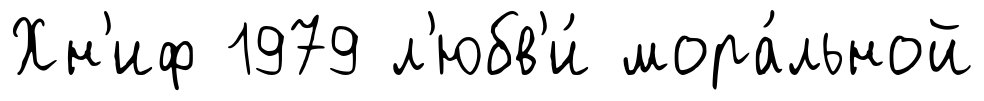
Хн'иф 1979 л'юбв'и́ мора́льной